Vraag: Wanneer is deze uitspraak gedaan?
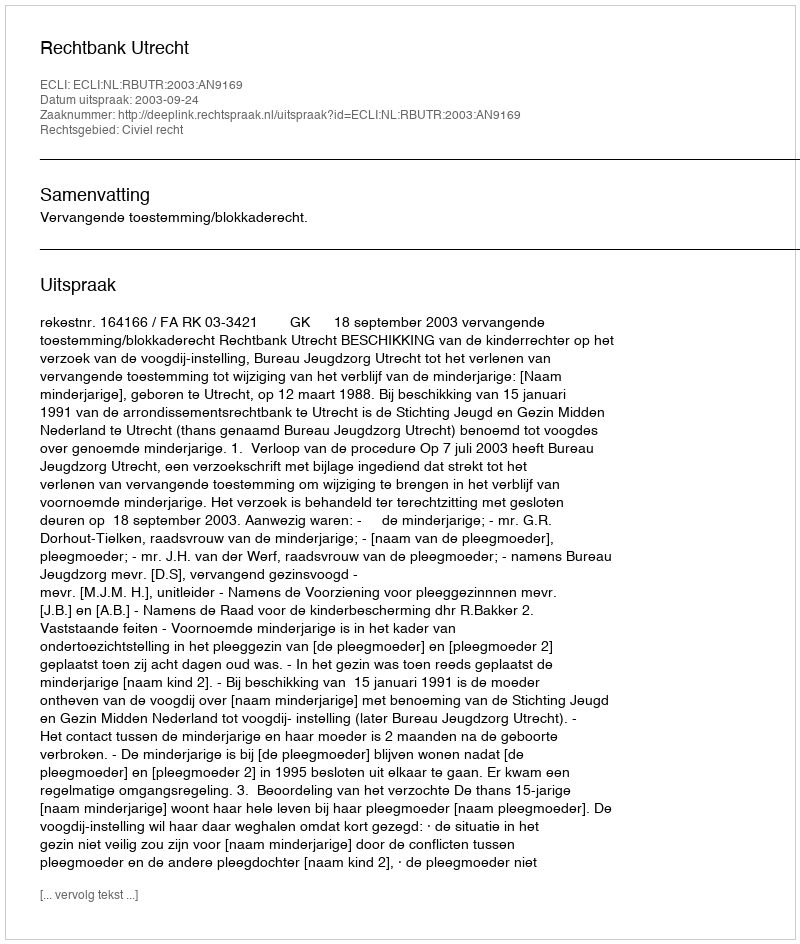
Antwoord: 2003-09-24